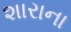
શારાના